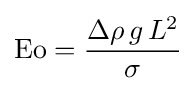
\mathrm {Eo} ={\frac {\Delta \rho \,g\,L^{2}}{\sigma }}